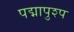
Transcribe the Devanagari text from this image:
पद्मापुश्प